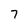
Character: 7